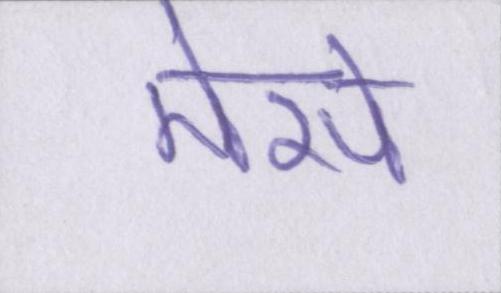
मेसे